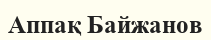
Аппақ Байжанов